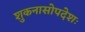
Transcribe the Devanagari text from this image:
शुकनासोपदेशः